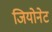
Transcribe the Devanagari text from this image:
जियोनेट